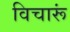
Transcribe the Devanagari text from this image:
विचारूं